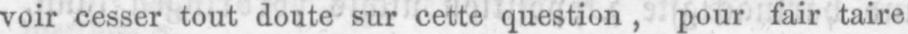
voir cesser tout doute sur cette question, pour fair taire